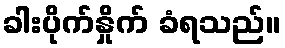
ခါးပိုက်နှိုက် ခံရသည်။